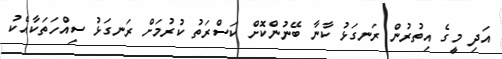
އަދި މީގެ އިތުރުން ރަނގަޅު ކާނާ ބޭނުންކޮށް ކަސްރަތު ކުރުމަށް ރަނގަޅު ސިއްހަތަކާއެކު